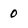
Character: 0